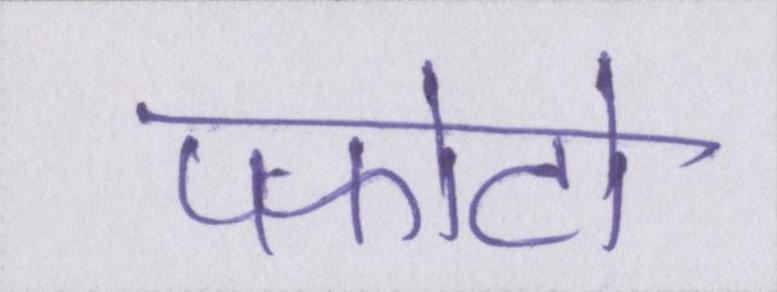
पफोटो